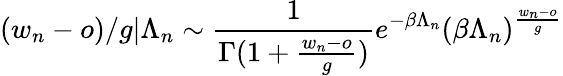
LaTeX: (w_{n}-o)/g|\Lambda_{n}\sim\frac{1}{\Gamma(1+\frac{w_{n}-o}{g})}e^{-\beta\Lambda_{n}}(\beta\Lambda_{n})^{\frac{w_{n}-o}{g}}